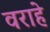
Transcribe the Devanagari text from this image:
वराहे